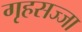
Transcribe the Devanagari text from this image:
गृहसज्जा